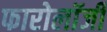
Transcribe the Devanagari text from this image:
फारोलॉजी